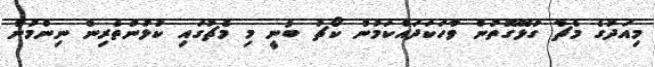
މިއަދުގެ މެޗާ ގުޅޭގޮތުން ވާހަކަދައްކަމުން ކޯޗު ބުނީ މި މެޗުގައި ކުޅުންތެރިން ނިންމުން